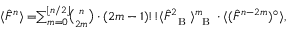
\begin{array} { r } { \! \! \langle \hat { F } ^ { n } \rangle = \! \! \sum _ { m = 0 } ^ { \lfloor n / 2 \rfloor } \! \! { \binom { n } { 2 m } } \cdot ( 2 m - 1 ) ! ! \langle { \hat { F } } _ { \mathrm { ~ \tiny ~ B ~ } } ^ { 2 } \rangle _ { \mathrm { ~ \tiny ~ B ~ } } ^ { m } \cdot \langle ( \hat { F } ^ { n - 2 m } ) ^ { \circ } \rangle , } \end{array}